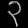
Digit: ၃